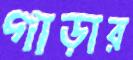
গাড়ার